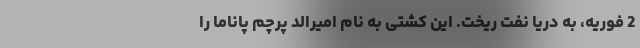
2 فوریه، به دریا نفت ریخت. این کشتی به نام امیرالد پرچم پاناما را